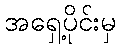
အရှေ့ပိုင်းမှ